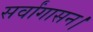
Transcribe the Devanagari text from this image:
सर्वांगासन।